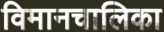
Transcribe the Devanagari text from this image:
विमानचालिका